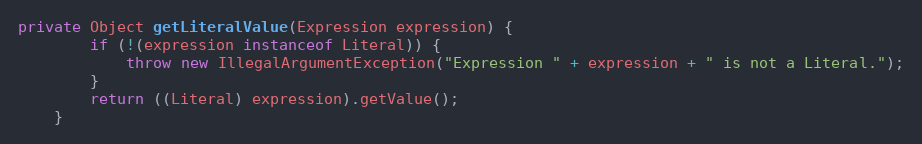
Language: Java
private Object getLiteralValue(Expression expression) {
		if (!(expression instanceof Literal)) {
			throw new IllegalArgumentException("Expression " + expression + " is not a Literal.");
		}
		return ((Literal) expression).getValue();
	}